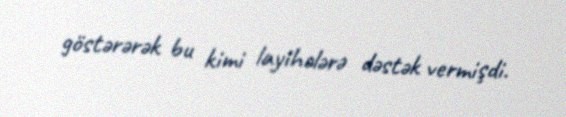
göstərərək bu kimi layihələrə dəstək vermişdi.